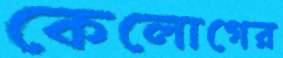
কেলোগের